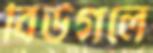
বিউগলে